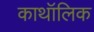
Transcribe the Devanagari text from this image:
काथॉलिक